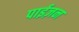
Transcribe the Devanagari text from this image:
पाईज़न